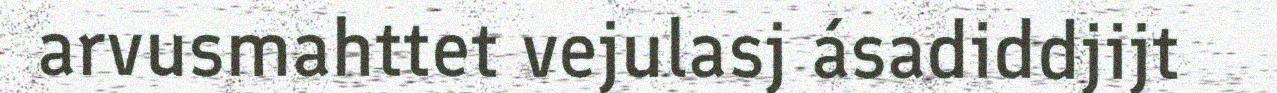
arvusmahttet vejulasj ásadiddjijt